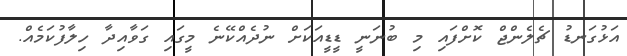
އަޅުގަނޑު ޗެލެންޖް ކޮށްފައި މި ބުނަނީ ޑީޑީއަކަށް ނުދެއްކޭނެ މީގައި ގަވާއިދާ ހިލާފުކަމެއް.